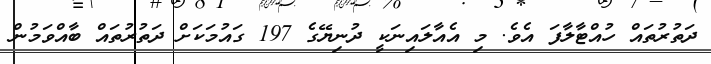
ދަތުރުތައް ހުއްޓާލާފަ އެވެ. މި އެއާލައިނަކީ ދުނިޔޭގެ 197 ގައުމަކަށް ދަތުރުތައް ބާއްވަމުން